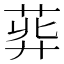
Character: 𦱭